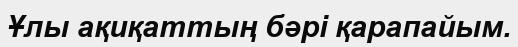
Ұлы ақиқаттың бәрі қарапайым.